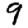
Digit: 9